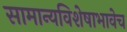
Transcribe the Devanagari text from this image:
सामान्यविशेषाभावेच